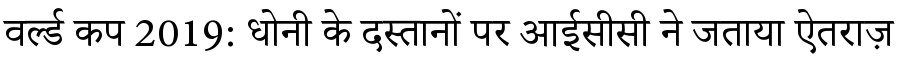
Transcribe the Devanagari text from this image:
वर्ल्ड कप 2019: धोनी के दस्तानों पर आईसीसी ने जताया ऐतराज़